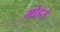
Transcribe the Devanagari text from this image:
मोहते